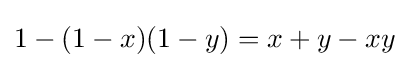
1-(1-x)(1-y)=x+y-xy